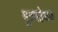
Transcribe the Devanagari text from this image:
मूत्रशोधक